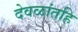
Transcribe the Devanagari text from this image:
देवळांतहि